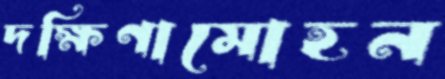
দক্ষিণামোহন